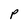
Character: P